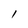
Character: I